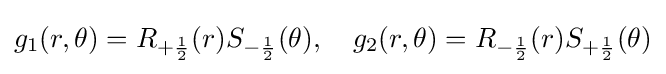
g_{1}(r,\theta )=R_{+{\frac {1}{2}}}(r)S_{-{\frac {1}{2}}}(\theta ),\quad g_{2}(r,\theta )=R_{-{\frac {1}{2}}}(r)S_{+{\frac {1}{2}}}(\theta )